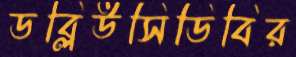
ডব্লিউসিডিবির